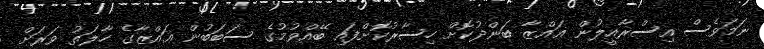
ނަމަވެސް އިސްރާއީލުން ޣައްޒާ ބަންދުކޮށް ހިސާރުކޮށްފައި ބޭއްވުމުގެ ސަބަބުން ޣައްޒާގެ ހާލަތު ވަރަށް